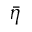
\bar { \eta }